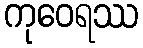
ကုဝေရဿ